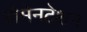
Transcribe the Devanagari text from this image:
लैमेनटेशन